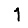
Digit: 1